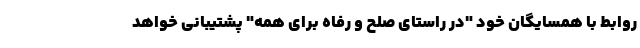
روابط با همسایگان خود "در راستای صلح و رفاه برای همه" پشتیبانی خواهد